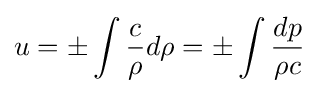
u=\pm \int {\frac {c}{\rho }}d\rho =\pm \int {\frac {dp}{\rho c}}